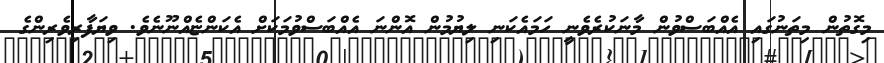
މިގޮތުން މިތަނުގައި އެއްބަސްވުން މާނަކުރެވެނީ ހަމައެކަނި ލިޔުމުން އޮންނަ އެއްބަސްވުމަކަށް އެކަންޏެއްނޫނެވެ. ވިޔަފާރިވެރިންގެ